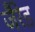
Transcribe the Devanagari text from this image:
जैरेड